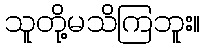
သူတို့မသိကြဘူး။